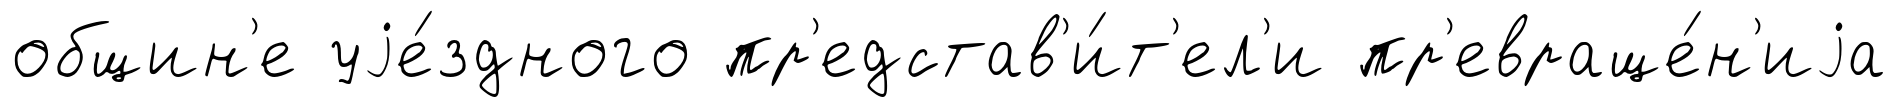
общин'е уjе́здного пр'едстав'и́т'ел'и пр'евраще́н'иjа